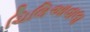
ચિલિઆવાલા